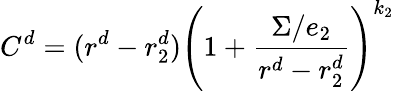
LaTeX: C^{d}=(r^{d}-r_{2}^{d})\left(1+{\frac{\Sigma/e_{2}}{r^{d}-r_{2}^{d}}}\right)^{k_{2}}